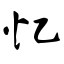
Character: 忆